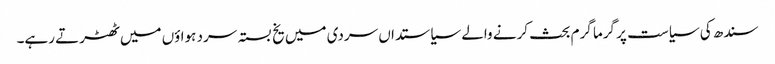
سندھ کی سیاست پر گرما گرم بحث کرنے والے سیاستداں سردی میں یخ بستہ سرد ہواؤں میں ٹھٹرتے رہے۔